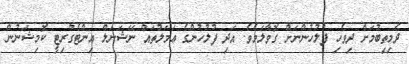
ދެމިތިބުމަށް ދިވެހި ފުލުހުންނަށް ގޮވާލަމެވެ. އަދި ފުލުހުންގެ ޢަމަލުތައް ނޭޝަނަލް އިންޓެގްރިޓީ ކޮމިޝަނުން